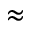
\approx